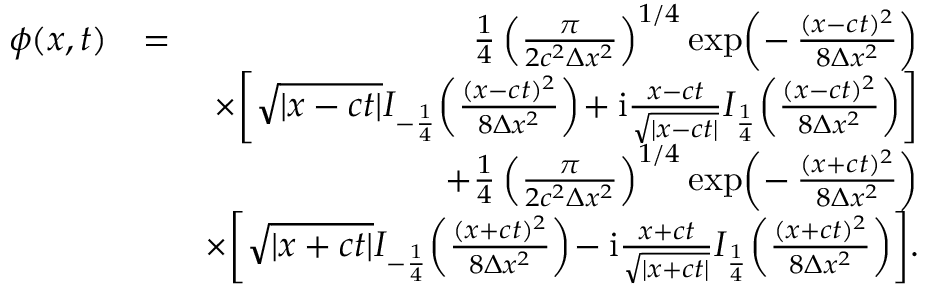
\begin{array} { r l r } { \phi ( x , t ) } & { = } & { \frac { 1 } { 4 } \left( \frac { \pi } { 2 c ^ { 2 } \Delta x ^ { 2 } } \right) ^ { 1 / 4 } \exp \! \left( - \, \frac { ( x - c t ) ^ { 2 } } { 8 \Delta x ^ { 2 } } \right) } \\ & { } & { \times \! \left[ \sqrt { | x - c t | } I _ { - \frac { 1 } { 4 } } \! \left( \frac { ( x - c t ) ^ { 2 } } { 8 \Delta x ^ { 2 } } \right) \! + \mathrm { i } \frac { x - c t } { \sqrt { | x - c t | } } I _ { \frac { 1 } { 4 } } \! \left( \frac { ( x - c t ) ^ { 2 } } { 8 \Delta x ^ { 2 } } \right) \right] } \\ & { } & { + \frac { 1 } { 4 } \left( \frac { \pi } { 2 c ^ { 2 } \Delta x ^ { 2 } } \right) ^ { 1 / 4 } \exp \! \left( - \, \frac { ( x + c t ) ^ { 2 } } { 8 \Delta x ^ { 2 } } \right) } \\ & { } & { \times \! \left[ \sqrt { | x + c t | } I _ { - \frac { 1 } { 4 } } \! \left( \frac { ( x + c t ) ^ { 2 } } { 8 \Delta x ^ { 2 } } \right) \! - \mathrm { i } \frac { x + c t } { \sqrt { | x + c t | } } I _ { \frac { 1 } { 4 } } \! \left( \frac { ( x + c t ) ^ { 2 } } { 8 \Delta x ^ { 2 } } \right) \right] \! . } \end{array}